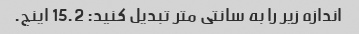
اندازه زیر را به سانتی متر تبدیل کنید: 15.2 اینچ.